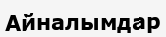
Айналымдар